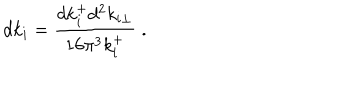
LaTeX: d k _ { i } = { \frac { d k _ { i } ^ { + } d ^ { 2 } k _ { i \perp } } { 1 6 \pi ^ { 3 } k _ { i } ^ { + } } } \; .